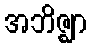
အဘိဇ္ဈာ